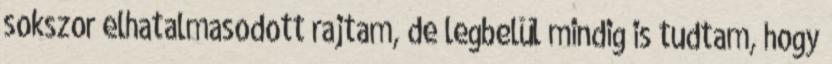
sokszor elhatalmasodott rajtam, de legbelül mindig is tudtam, hogy